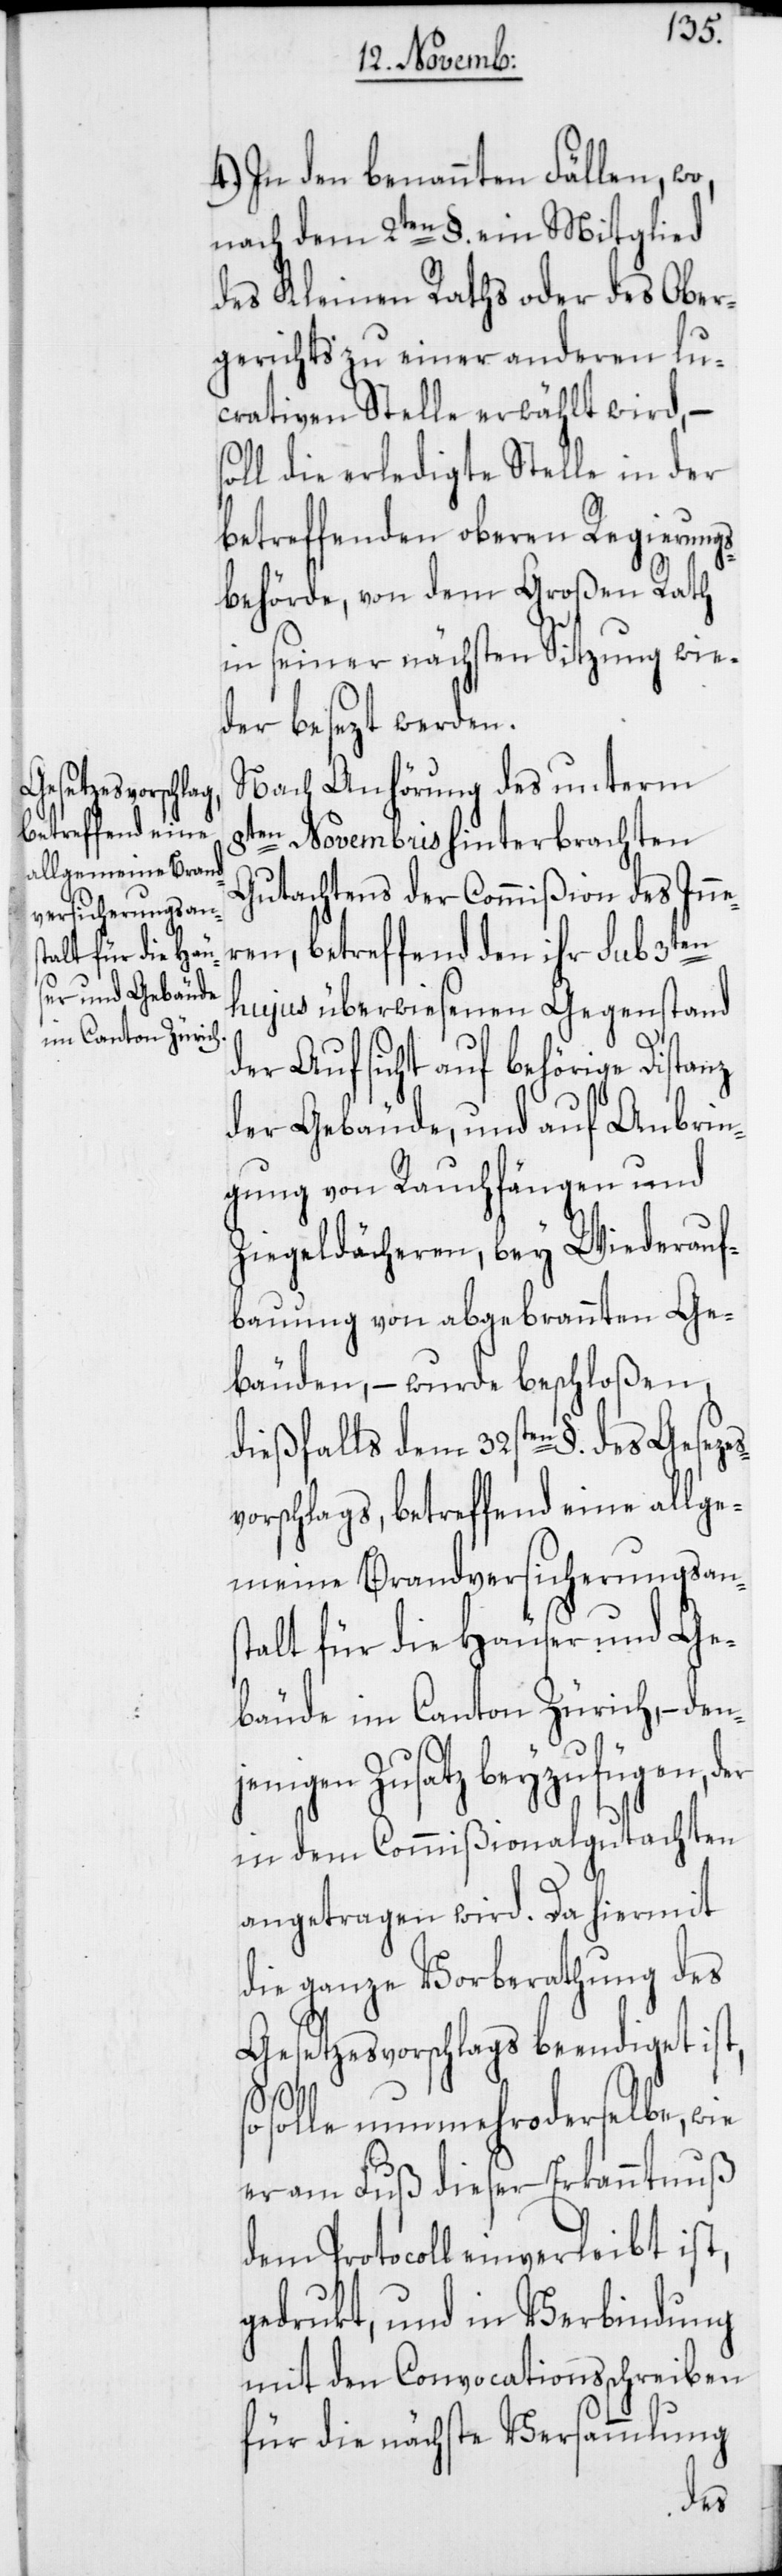
4.) In den benannten Fällen, wo,
nach dem 2ten §. ein Mitglied
des Kleinen Raths oder des Ober¬
gerichts zu einer anderen lu¬
crativen Stelle erwählt wird, –
soll die erledigte Stelle in der
betreffenden oberen Regierung¬
sbehörde, von dem Großen Rath
in seiner nächsten Sitzung wie¬
der besezt werden.
Nach Anhörung des unterm
8ten Novembris hinterbrachten
Gutachtens der Commißion des Inne¬
3ten
ren, betreffend den ihr sub
hujus überwiesenen Gegenstand
der Aufsicht auf behörige Distanz
der Gebäude, und auf Anbrin¬
gung von Rauchfängen und
Ziegeldächeren, bey Wiederauf¬
bauung von abgebrannten Ge¬
bäuden, – wurde beschloßen,
dießfalls dem 32sten §. des Gesezes¬
vorschlags, betreffend eine allge¬
meine Brandversicherungsans¬
talt für die Häuser und Ge¬
bäude im Canton Zürich, – den¬
jenigen Zusatz beyzufügen, der
in dem Commißionalgutachten
angetragen wird. Da hiermit
die ganze Vorberathung des
Gesetzesvorschlags beendiget
solle nunmehro derselbe, wie
er am Fuß dieser Erkanntnuß
dem Protocoll einverleibt ist,
gedrukt, und in Verbindung
mit den Convocationsschreiben
für die nächste Versammlung